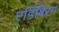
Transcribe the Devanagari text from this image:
एडिंबिरग